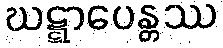
ဃဋ္ဋာပေန္တဿ